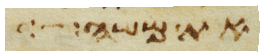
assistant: את משה